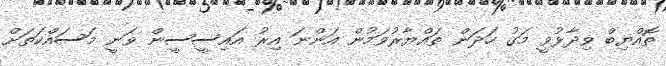
ތޮއްޔިބް ވިދާޅުވީ މަގު ހަދަން ތައްޔާރުވަމުން އަންނަ އިރު އައިސީސީން ވަނީ މަސައްކަތަށް